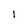
Character: 1